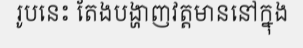
រូបនេះ តែងបង្ហាញវត្តមាននៅក្នុង